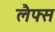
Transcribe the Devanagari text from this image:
लैफ्स